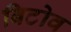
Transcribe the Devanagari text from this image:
बिटोव